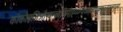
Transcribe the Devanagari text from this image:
कोकोइजिऔप्क्न्ब्ब्यिपोह्य्य्ग्य्व्ब्ब्व्त्च्व्त्र्फ्च्ग्फ्व्ग्व्ग